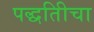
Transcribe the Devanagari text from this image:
पद्धतिीचा